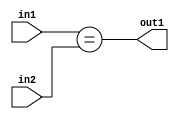
`timescale 1ps / 1ps
/*****************************************************************************
    Verilog RTL Description
    
    
    Created by: Stratus DpOpt 21.05.01 
*******************************************************************************/

module dut_Equal_3Ux1U_1U_1 (
	in2,
	in1,
	out1
	); /* architecture "behavioural" */ 
input [2:0] in2;
input  in1;
output  out1;
wire  asc001;

assign asc001 = (in1==in2);

assign out1 = asc001;
endmodule

/* CADENCE  urjzSA4= : u9/ySxbfrwZIxEzHVQQV8Q== ** DO NOT EDIT THIS LINE ******/